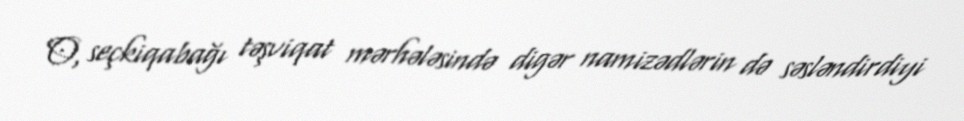
O, seçkiqabağı təşviqat mərhələsində digər namizədlərin də səsləndirdiyi